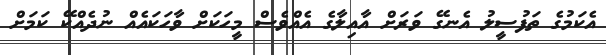
އެކަމުގެ ތަފުސީލު އެނގޭ ވަރަށް އާއިލާގެ އެއްވެސް މީހަކަށް ވާހަކައެއް ނުދެއްކޭ ކަމަށް